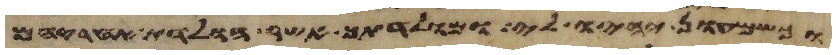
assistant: וכשמעון יהיו לי ומולדתך אשר הולדת אחריהם